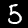
Label: 5